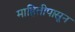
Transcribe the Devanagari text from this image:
माहितीपासून